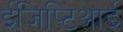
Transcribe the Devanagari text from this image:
ईजिप्टिआई